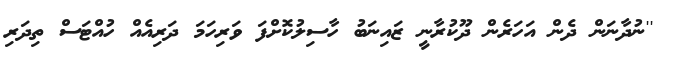
''ނުދާނަން ދެން އަހަރެން ދޫކުރާނީ ޒައިނަބު ހާސިލުކޮށްފަ ވަރިހަމަ ދަރިއެއް ހުއްޓަސް ތިދަރި